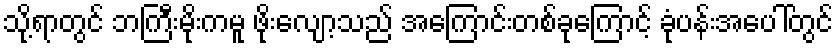
သို့ရာတွင် ဘကြီးမိုးကမူ ဖိုးလျော့သည် အကြောင်းတစ်ခုကြောင့် ခုံပန်းအပေါ်တွင်